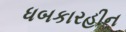
ધબકારહીન